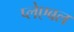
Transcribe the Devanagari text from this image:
प्लेएबल